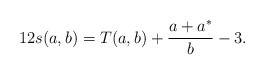
\begin{align*}12s(a,b)=T(a,b)+\frac{a+a^*}{b}-3.\end{align*}